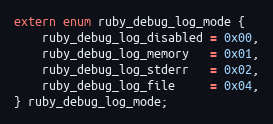
Language: C
extern enum ruby_debug_log_mode {
    ruby_debug_log_disabled = 0x00,
    ruby_debug_log_memory   = 0x01,
    ruby_debug_log_stderr   = 0x02,
    ruby_debug_log_file     = 0x04,
} ruby_debug_log_mode;